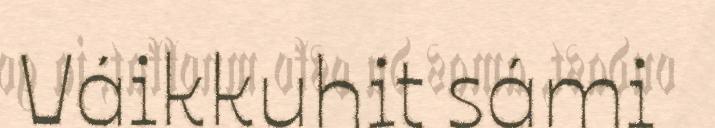
Váikkuhit sámi